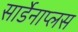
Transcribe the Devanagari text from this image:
सार्डेनाप्लस